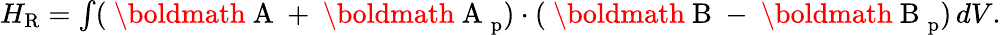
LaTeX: \begin{array}{r}{H_{\mathrm{R}}=\int(\mathrm{~\boldmath~A~}+\mathrm{~\boldmath~A~}_{\mathrm{p}})\cdot(\mathrm{~\boldmath~B~}-\mathrm{~\boldmath~B~}_{\mathrm{p}})\, dV.}\end{array}